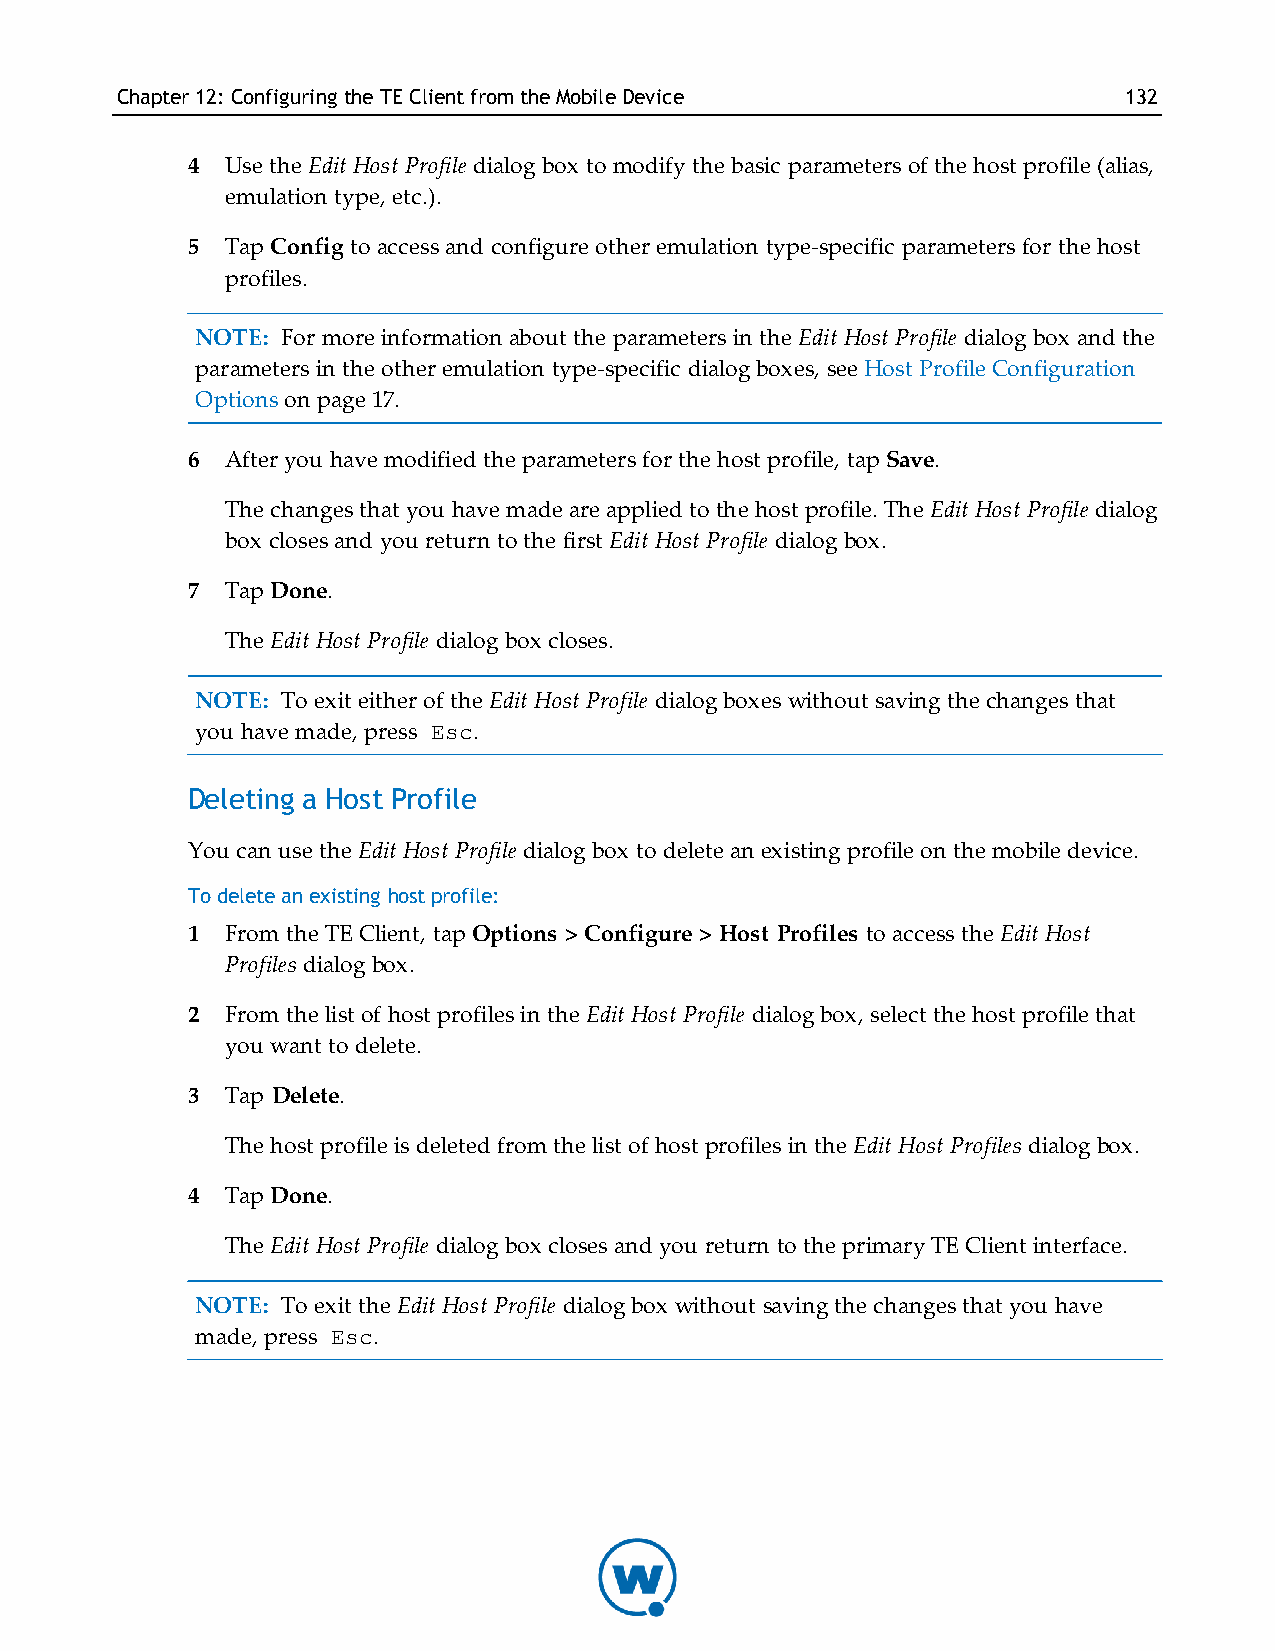
Chapter12: Configuring theTE ClientfromtheMobileDevice            132
 4  Use the Edit Host Profile dialog box to modify the basic parameters of the host profile (alias,
 emulation type, etc.).
 5  Tap Config to access and configure other emulation type-specific parameters for the host
 profiles.
 NOTE: For more information about the parameters in the Edit Host Profile dialog box and the
 parameters in the other emulation type-specific dialog boxes, see Host Profile Configuration
 Options on page 17.
 6  After you have modified the parameters for the host profile, tap Save.
 The changes that you have made are applied to the host profile. The Edit Host Profile dialog
 box closes and you return to the first Edit Host Profile dialog box.
 7  Tap Done.
 The Edit Host Profile dialog box closes.
 NOTE: To exit either of the Edit Host Profile dialog boxes without saving the changes that
 you have made, press Esc.
 Deleting a Host Profile
 You can use the Edit Host Profile dialog box to delete an existing profile on the mobile device.
 To delete an existing host profile:
 1  From the TE Client, tap Options > Configure > Host Profiles to access the Edit Host
 Profiles dialog box.
 2  From the list of host profiles in the Edit Host Profile dialog box, select the host profile that
 you want to delete.
 3  Tap Delete.
 The host profile is deleted from the list of host profiles in the Edit Host Profiles dialog box.
 4  Tap Done.
 The Edit Host Profile dialog box closes and you return to the primary TE Client interface.
 NOTE: To exit the Edit Host Profile dialog box without saving the changes that you have
 made, press Esc.